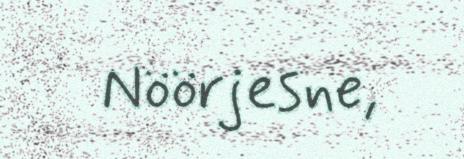
Nöörjesne,